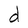
Character: d